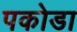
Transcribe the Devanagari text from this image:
पकोडा